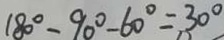
1 8 0 ^ { \circ } - 9 0 ^ { \circ } - 6 0 ^ { \circ } = 3 0 ^ { \circ }